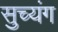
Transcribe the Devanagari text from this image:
सुच्यंग